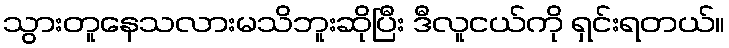
သွားတူနေသလားမသိဘူးဆိုပြီး ဒီလူငယ်ကို ရှင်းရတယ်။